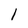
Character: l